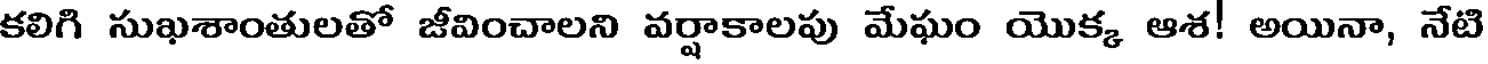
కలిగి సుఖశాంతులతో జీవించాలని వర్షాకాలపు మేఘం యొక్క ఆశ! అయినా, నేటి